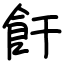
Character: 飦